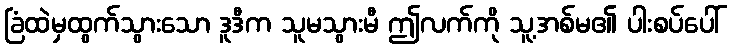
ခြံထဲမှထွက်သွားသော ဒူဒီက သူမသွားမီ ဤလက်ကို သူ့အစ်မ၏ ပါးစပ်ပေါ်